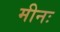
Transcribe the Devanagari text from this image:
मीनः